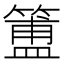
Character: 簠